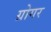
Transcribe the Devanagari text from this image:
ग्रोगर